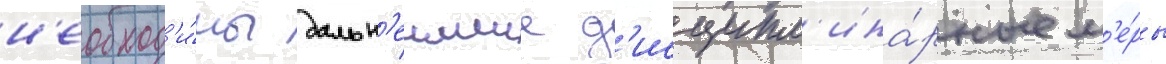
н'еобход'и́мы дальн'еишие д'исципл'ина́рные м'е́ры